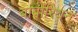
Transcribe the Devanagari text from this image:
बार्बारियन